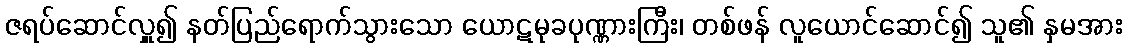
ဇရပ်ဆောင်လှူ၍ နတ်ပြည်ရောက်သွားသော ယောဋမုခပုဏ္ဏားကြီး၊ တစ်ဖန် လူယောင်ဆောင်၍ သူ၏ နှမအား